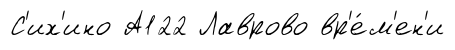
С'их'ино А122 Лаврово вр'е́м'ен'и